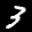
Label: 3